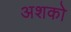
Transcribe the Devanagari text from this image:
अशको